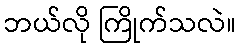
ဘယ်လို ကြိုက်သလဲ။